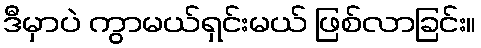
ဒီမှာပဲ ကွာမယ်ရှင်းမယ် ဖြစ်လာခြင်း။